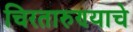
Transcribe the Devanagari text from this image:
चिरतारुण्याचे